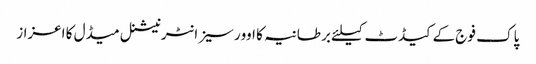
پاک فوج کے کیڈٹ کیلئے برطانیہ کا اوورسیز انٹرنیشنل میڈل کا اعزاز